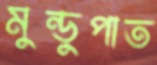
মুন্ডুপাত